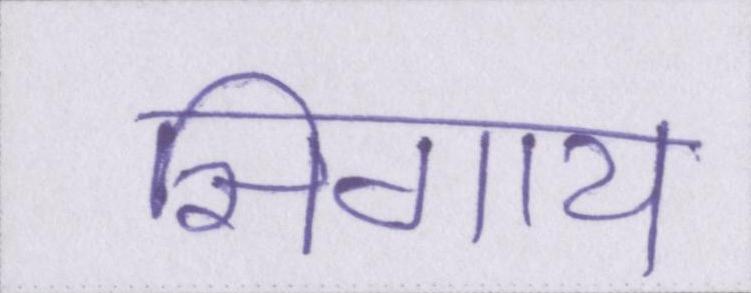
सिगाय